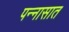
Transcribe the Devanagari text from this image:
पन्‍नासात